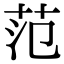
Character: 范